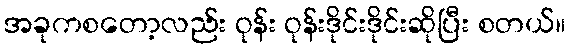
အခုကစတော့လည်း ဝုန်း ဝုန်းဒိုင်းဒိုင်းဆိုပြီး စတယ်။